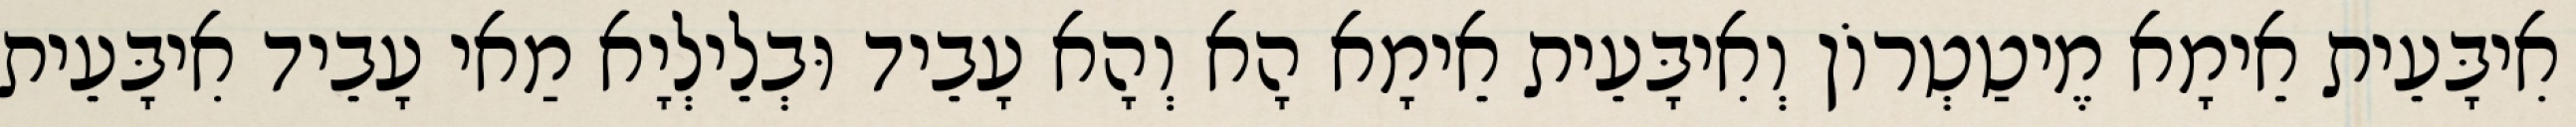
אִיבָּעֵית אֵימָא מֶיטַטְרוֹן וְאִיבָּעֵית אֵימָא הָא וְהָא עָבֵיד וּבְלֵילְיָא מַאי עָבֵיד אִיבָּעֵית